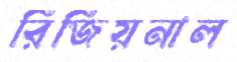
রিজিয়নাল